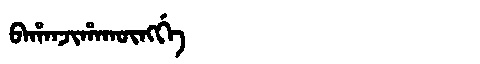
Manchu: ᠪᠠᡥᠠᠨᠵᡳᡥᠠᡴᡡᠩᡤᡝ
Romanization: BAHANJIHAKŪNGGE